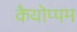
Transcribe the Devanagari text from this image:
कैयोप्पम